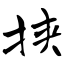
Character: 挟